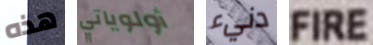
هذه أولوياتي دنيء FIRE